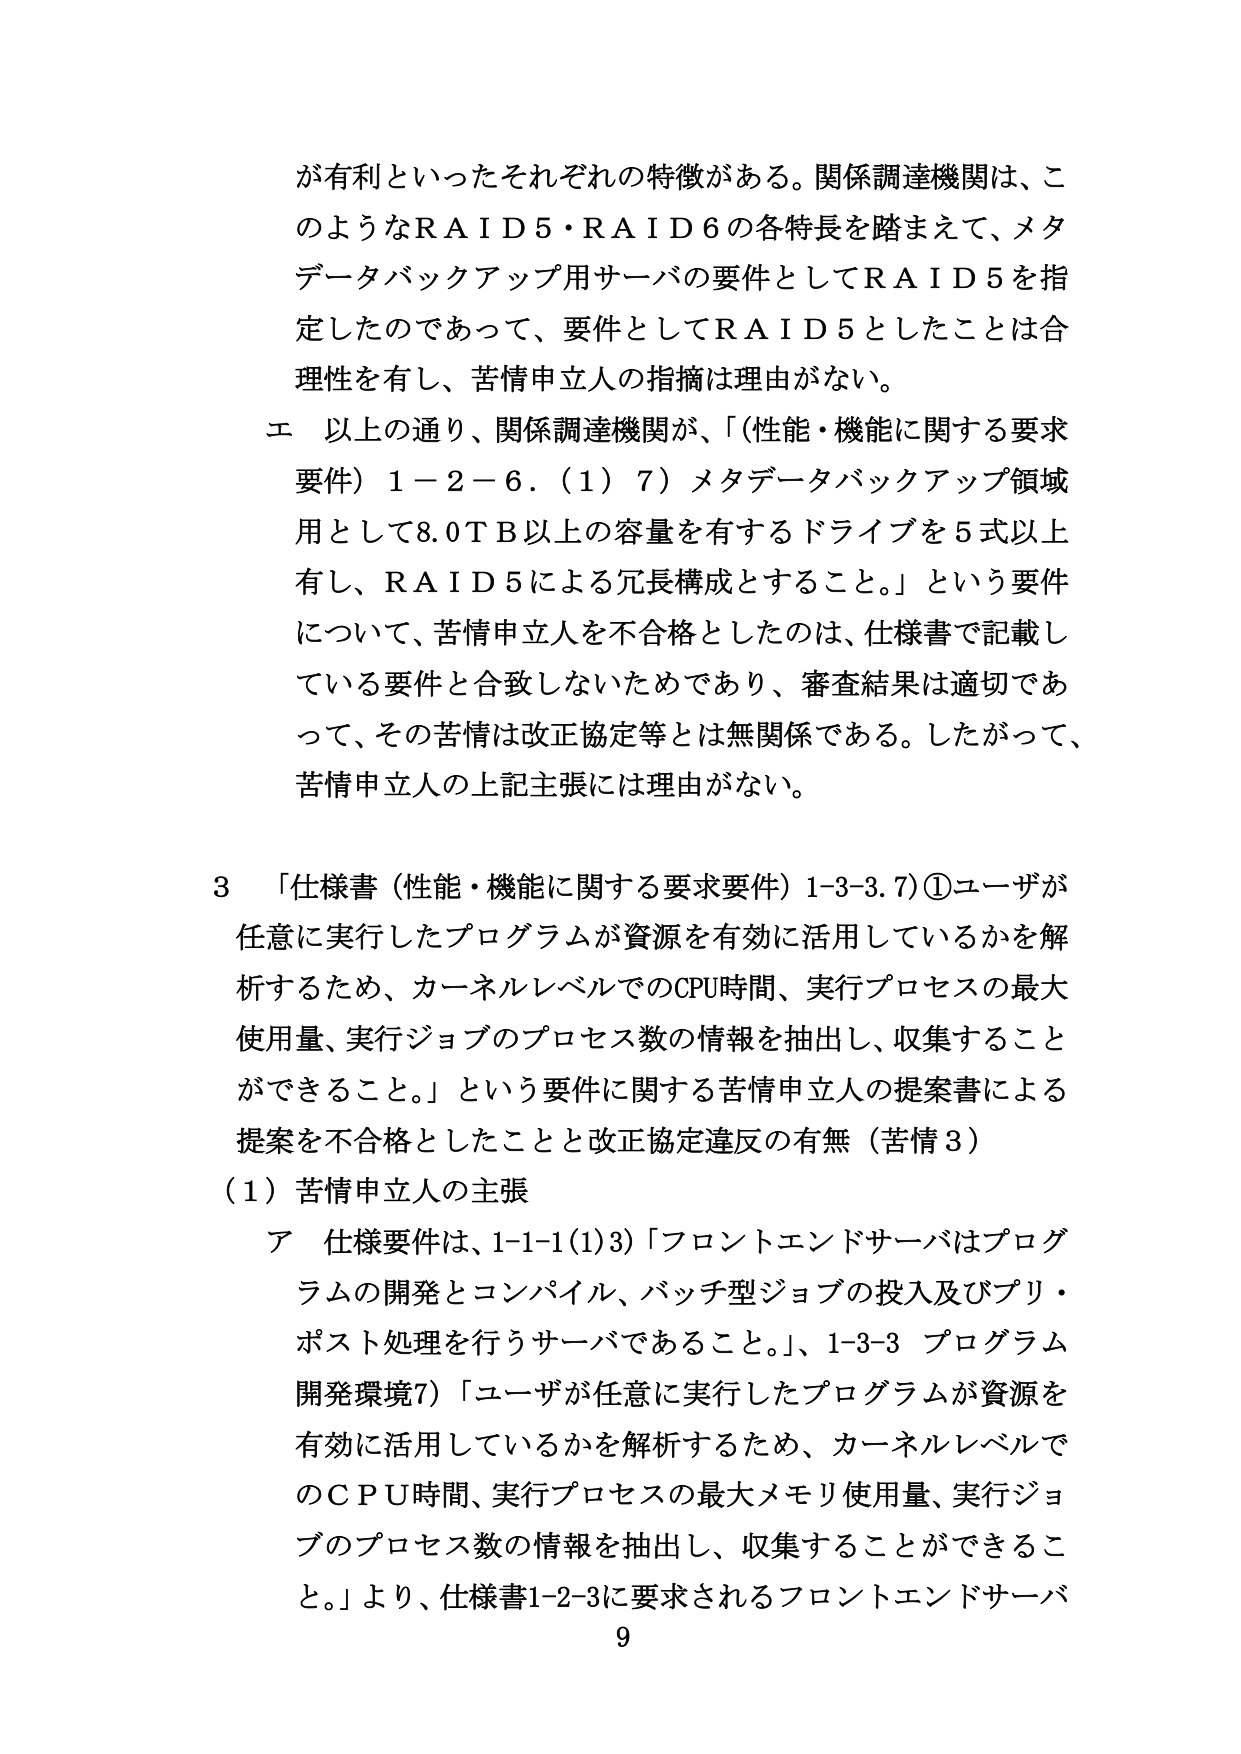
が有利といったそれぞれの特徴がある。関係調達機関は、このようなＲＡＩＤ５・ＲＡＩＤ６の各特長を踏まえて、メタデータバックアップ用サーバの要件としてＲＡＩＤ５を指定したのであって、要件としてＲＡＩＤ５としたことは合理性を有し、苦情申立人の指摘は理由がない。

エ 以上の通り、関係調達機関が、「（性能・機能に関する要求要件）１－２－６．（１）７）メタデータバックアップ領域用として８．０ＴＢ以上の容量を有するドライブを５式以上有し、ＲＡＩＤ５による冗長構成とすること。」という要件について、苦情申立人を不合格としたのは、仕様書で記載している要件と合致しないためであり、審査結果は適切であって、その苦情は改正協定等とは無関係である。したがって、苦情申立人の上記主張には理由がない。

３ 「仕様書（性能・機能に関する要求要件）１-３-３．７）①ユーザが任意に実行したプログラムが資源を有効に活用しているかを解析するため、カーネルレベルでのＣＰＵ時間、実行プロセスの最大使用量、実行ジョブのプロセス数の情報を抽出し、収集することができる。」という要件に関する苦情申立人の提案書による提案を不合格としたことと改正協定違反の有無（苦情３）

（１）苦情申立人の主張

ア 仕様要件は、１-１-１（１）３）「フロントエンドサーバはプログラムの開発とコンパイル、バッチ型ジョブの投入及びプリ・ポスト処理を行うサーバであること。」、１-３-３ プログラム開発環境７）「ユーザが任意に実行したプログラムが資源を有効に活用しているかを解析するため、カーネルレベルでのＣＰＵ時間、実行プロセスの最大メモリ使用量、実行ジョブのプロセス数の情報を抽出し、収集することができる。」より、仕様書１-２-３に要求されるフロントエンドサーバ

９